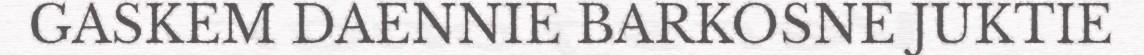
GASKEM DAENNIE BARKOSNE JUKTIE